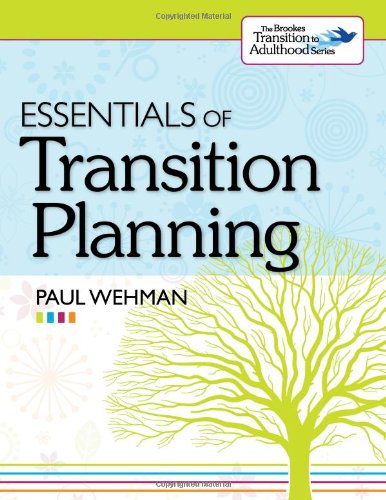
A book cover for Essentials of Transition Planning; Paul Wehman Ph.D.; Business & Money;